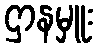
ဌာနမှူး